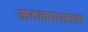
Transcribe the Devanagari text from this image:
मदनपालाचा